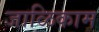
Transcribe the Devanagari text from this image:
जाळिकाम